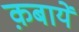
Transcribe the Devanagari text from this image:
क़बायें